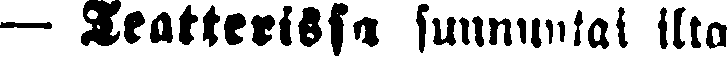
— Teatterissa sunnuntai ilta